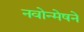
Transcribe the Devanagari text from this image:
नवोन्मेषने